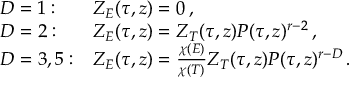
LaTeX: \begin{array} { l l } { { D = 1 : } } & { { Z _ { E } ( \tau , z ) = 0 \, , } } \\ { { D = 2 : } } & { { Z _ { E } ( \tau , z ) = Z _ { T } ( \tau , z ) P ( \tau , z ) ^ { r - 2 } \, , } } \\ { { D = 3 , 5 : } } & { { Z _ { E } ( \tau , z ) = \frac { \chi ( E ) } { \chi ( T ) } Z _ { T } ( \tau , z ) P ( \tau , z ) ^ { r - D } \, . } } \end{array}